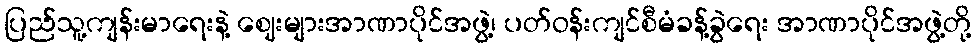
ပြည်သူ့ကျန်းမာရေးနဲ့ ဈေးများအာဏာပိုင်အဖွဲ့၊ ပတ်ဝန်းကျင်စီမံခန့်ခွဲရေး အာဏာပိုင်အဖွဲ့တို့